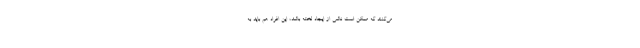
می‌کنند که ممکن است ناشی از ایجاد لخته باشد، این افراد هم باید به